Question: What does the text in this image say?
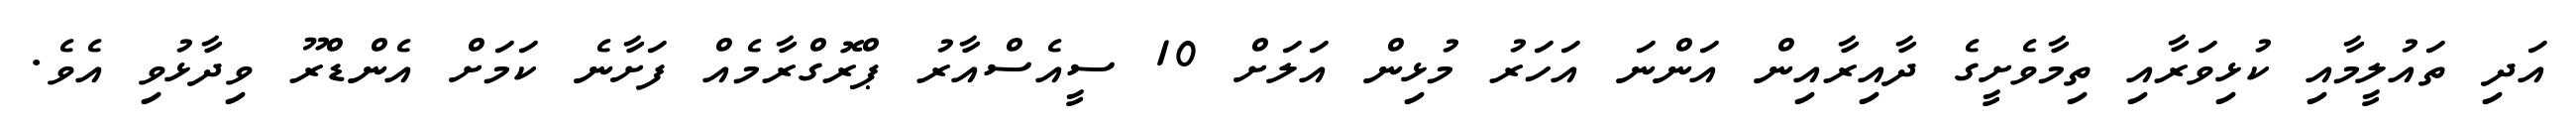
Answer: އަދި ތައުލީމާއި ކުޅިވަރާއި ތިމާވެށީގެ ދާއިރާއިން އަންނަ އަހަރު މުޅިން އަލަށް 10 ސީއެސްއާރު ޕްރޮގްރާމެއް ފަށާނެ ކަމަށް އެންޑްރޫ ވިދާޅުވި އެވެ.